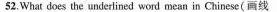
52.What does the underlined word mean in Chinese(画线